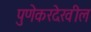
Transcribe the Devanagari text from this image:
पुणेकरदेखील